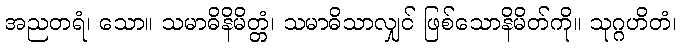
အညတရံ၊ သော။ သမာဓိနိမိတ္တံ၊ သမာဓိသာလျှင် ဖြစ်သောနိမိတ်ကို။ သုဂ္ဂဟိတံ၊